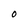
Character: O